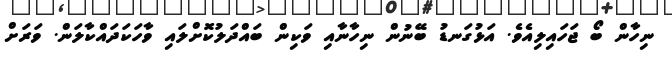
ނިހާން ބޯ ޖަހައިލިއެވެ. އަޅުގަނޑު ބޭނުން ނިހާނާއި ވަކިން ބައްދަލުކޮށްލައި ވާހަކަދައްކާލަން. ވަރަށް